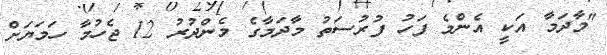
"މާދަމާ އަކީ އެންމެ ފަހު ފުރުސަތު މާދަމާގެ މެންދުރު 12 ޖެހުމާ ހަމަޔަށް